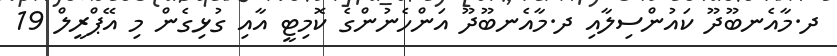
ދ.މާއެނބޫދޫ ކައުންސިލާއި ދ.މާއެނބޫދޫ އަންހެނުންގެ ކޮމިޓީ އާއި ގުޅިގެން މި އޭޕްރީލް 19